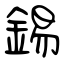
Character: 錫